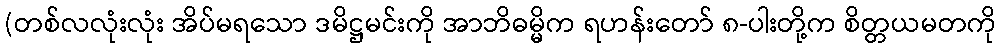
(တစ်လလုံးလုံး အိပ်မရသော ဒမိဋ္ဌမင်းကို အာဘိဓမ္မိက ရဟန်းတော် ၈-ပါးတို့က စိတ္တယမတကို